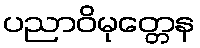
ပညာဝိမုတ္တေန